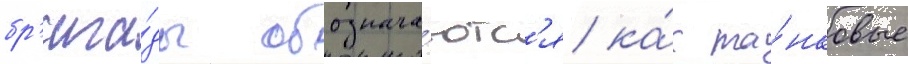
бр'ига́ды обознача́ютс'я ка́к та́нковые